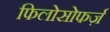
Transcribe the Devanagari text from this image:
फिलोसोफर्ज़